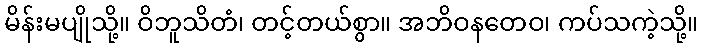
မိန်းမပျိုသို့။ ဝိဘူသိတံ၊ တင့်တယ်စွာ။ အဘိဝနတေဝ၊ ကပ်သကဲ့သို့။